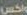
واكس